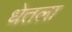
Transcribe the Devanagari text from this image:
धेतला